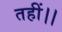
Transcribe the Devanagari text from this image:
तहीं।।